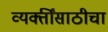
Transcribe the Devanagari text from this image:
व्यक्तींसाठीचा